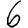
Digit: 6